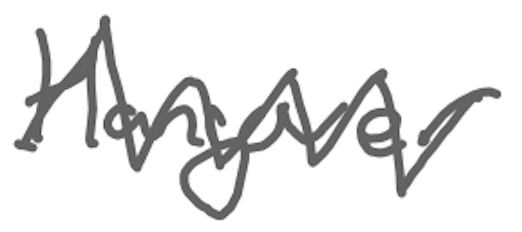
Text: Hangover
Cross-out: zig-zag
Writing tool: digital_gray